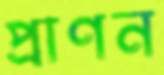
প্রাণন